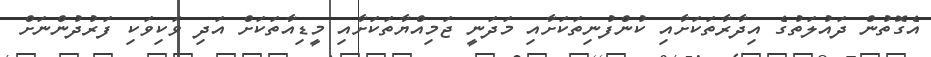
އެގޮތުން ދައުލަތުގެ އިދާރާތަކަށާއި ކުންފުނިތަކަށާއި މަދަނީ ޖަމިއްޔާތަކަށާއި މީޑިއާތަކަށް އަދި ވަކިވަކި ފަރުދުންނަށް